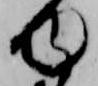
ゆ